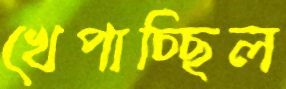
খেপাচ্ছিল